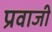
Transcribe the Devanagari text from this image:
प्रवाजी